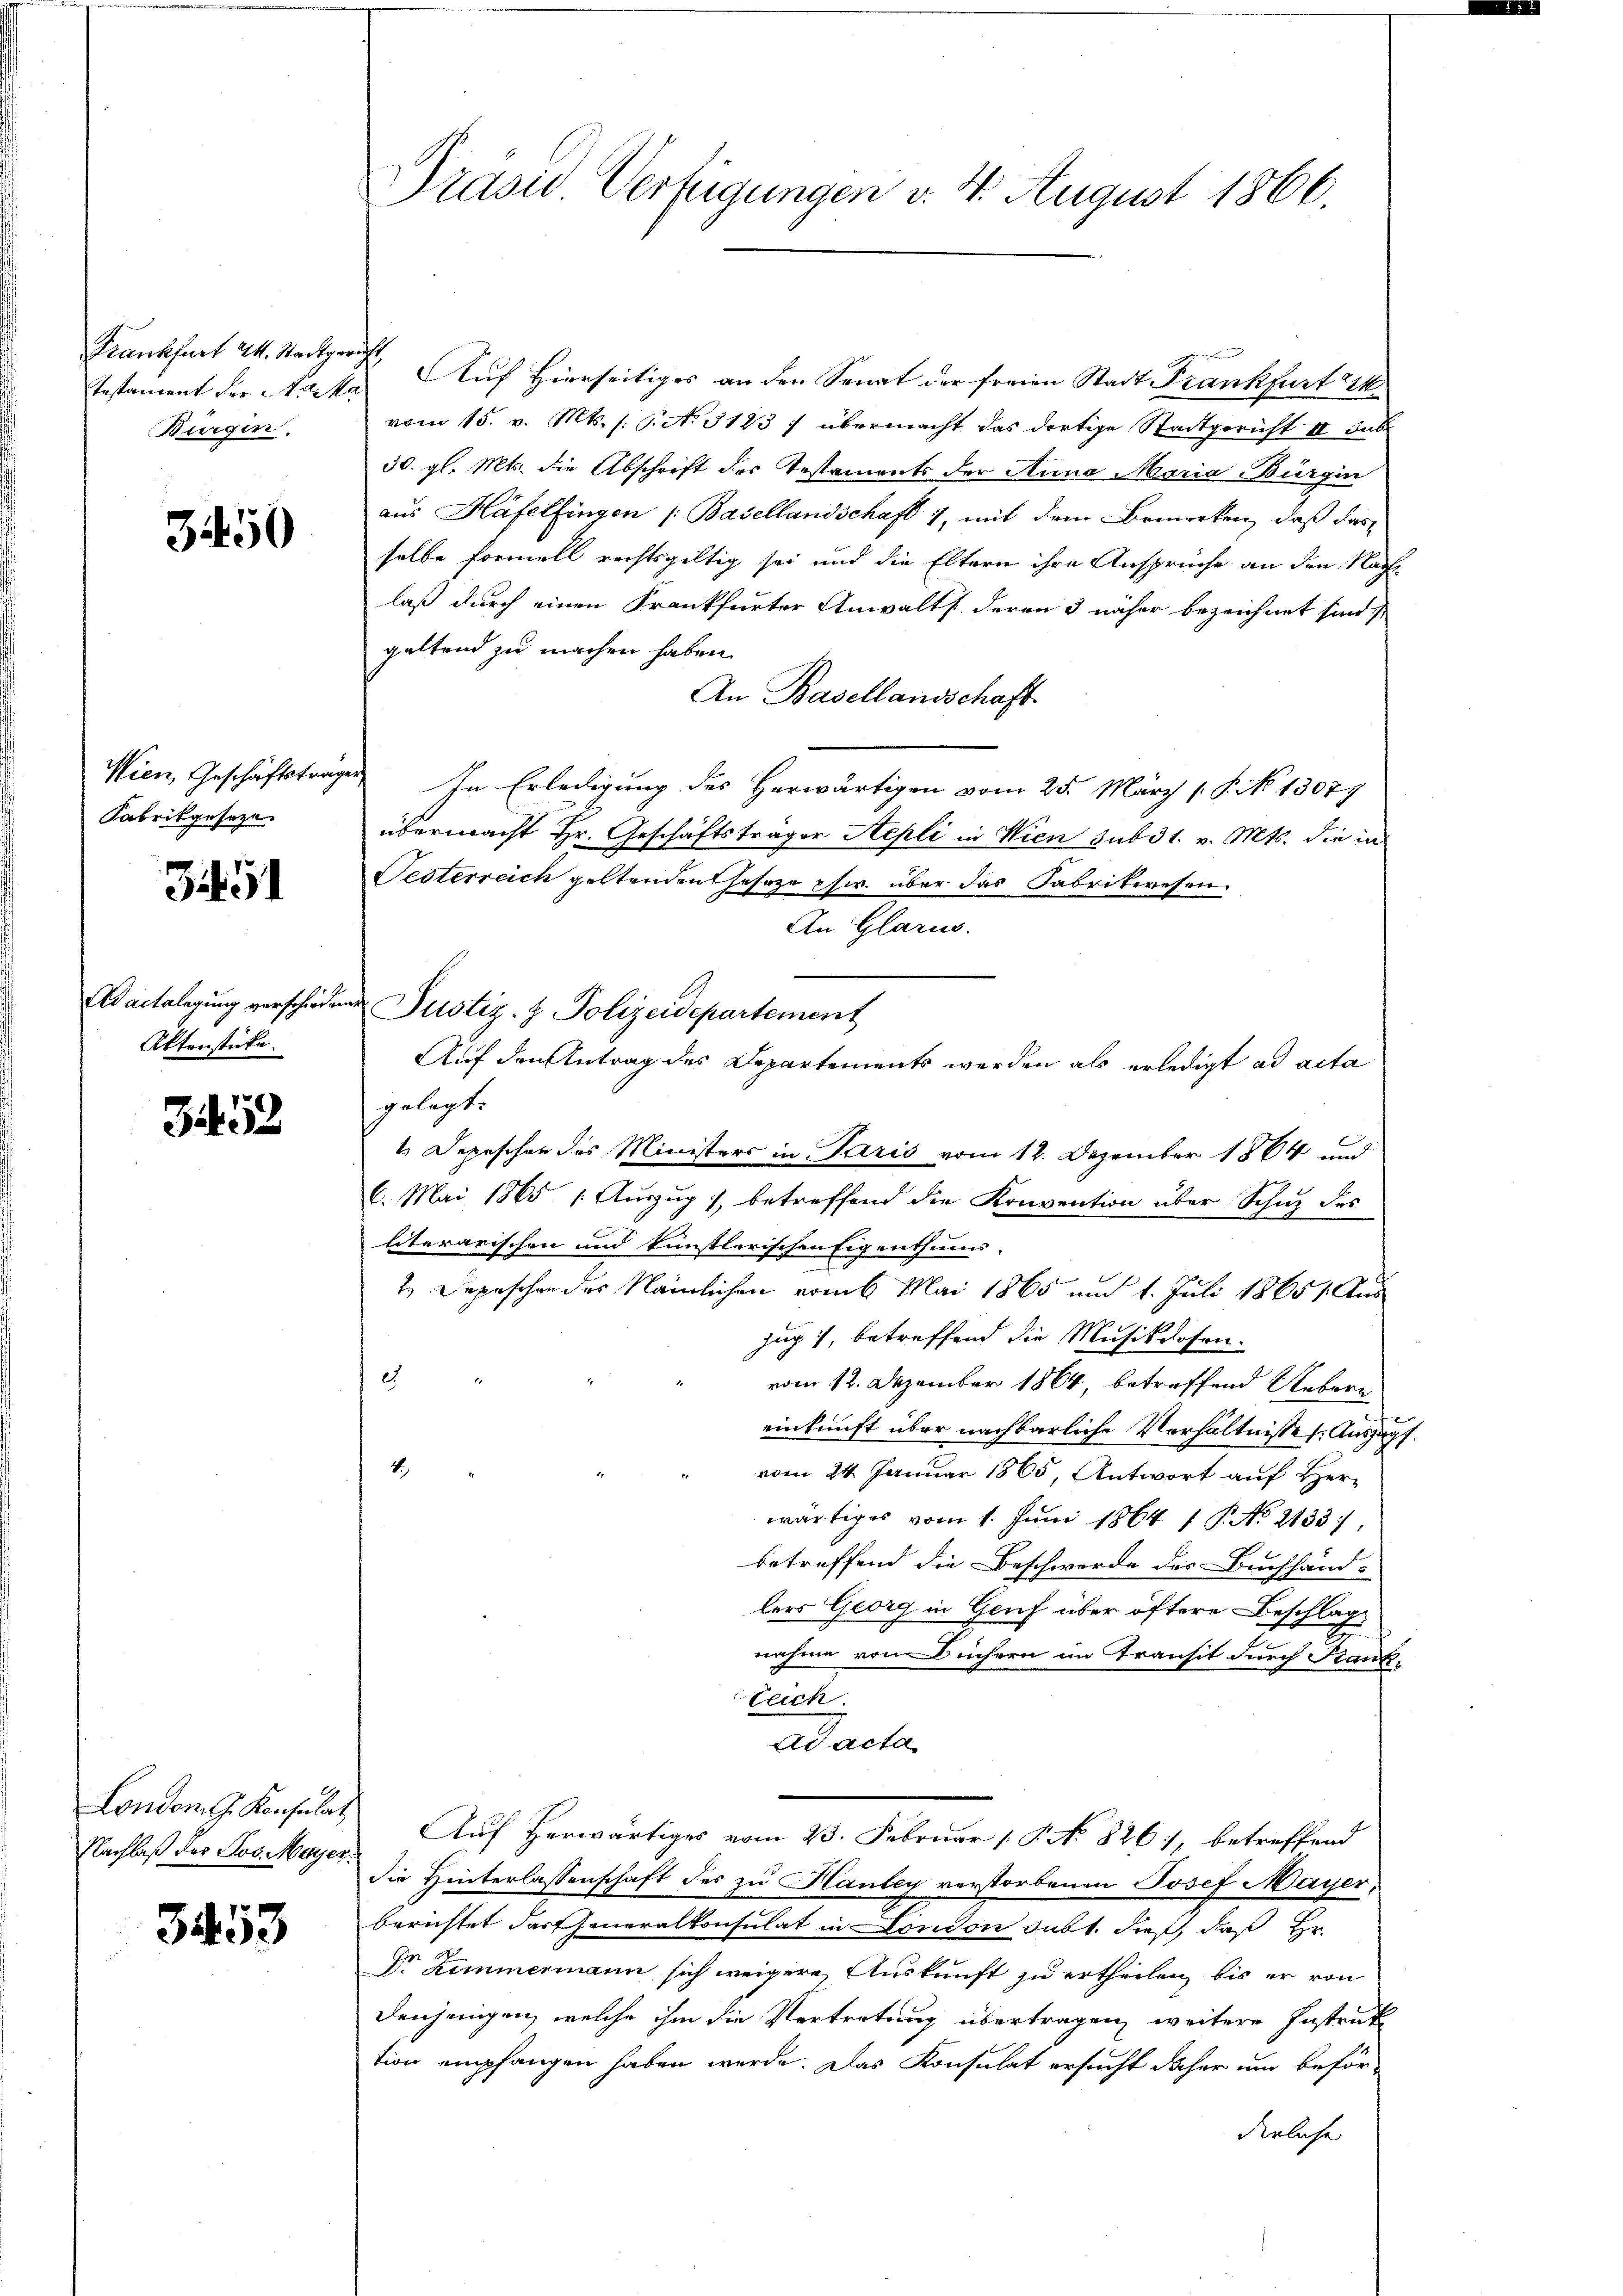
Krankfurt 24. Stadtgericht,
Burgin.

3450

Wien Geschäftsträg
Fabrikgeseze

3451

Ad actalegung verschieden
Aktenstücke.

353

London J. Konsulat
Nachlaß des Jos. Mayer

3453

Prasie Verfügungen v. 4. August 1866.

testament der Nacke Auf Hierseitiges an den Senat der freien Stadt Frankfurt ei
vom 15. v. Mts. s. S. No 3183) übermacht das dortige Stadtgericht II Jab
30. gl. Mts. die Abschrift der Testaments der Anna Maria-Bürgin
aus Häfelfingen (Basellandschaft 1, mit dem Bemerken, daß das
selbe formell rechtsgültig sei und die Eltern ihre Ansprüche an den Nach
laß durch einen Frankfurter Anwalts deren 3 näher bezeichnet sind,
geltend zu machen haben.
An Basellandschaft
a. In Erledigung des Herwärtigen vom 25. März (§. No 13077
übermacht Hr. Geschäftsträger Stepli in Wien sub 31. v. Mts. die in
Jesterreich geltenden sehr zu pfw. über das Fabrikwesen
An Glarus.
Justiz- & Polizeidepartement
Auf den Antrag des Departements werden als erledigt ad acta
gelegt.
1 Depeschen des Ministers in Paris vom 12. Dezember 1864 und
6. Mai 1865 1 Auszug betreffend die Konvention über Schuz des
literarischen und künstlerischen Eigenthums-
1. Depeschen des Nämlichen vom 6. Mai 1865 und 1. Juli 18651. Aus
Zug 1, betreffend die Musikdosen.
2
vom 12. Dezember 1864, betreffend Uebern
einkunft über nachbarliche Verhältnisses. Auszupf.
2.,
vom 24. Januar 1865, Antwort auf Herwärtiges vom 1. Juni 1864 1 P. No 2133),
betreffend die Beschwerde des Buchhänd-
lers Georg in Genf über öftere Beschlage
nahme von Büchern im Transit durch Frank¬
Leich.
Ad acta
Auf herwärtiges vom 23. Februar 1 P. No 826), betreffend
die Hinterlassenschaft des zu Hanbey verstorbenen Josef Mayer,
berichtet das Generalkonsulat in Condon subt. dieß, daß Hr.
Dr Zimmermann sich weigere Auskunft zu ertheilen, bis er von
Denjenigen, welche ihm die Vertretung übertragen, weitere Instruk
tion empfangen haben werde. Das Konsulat ersucht daher um beför-
derliche